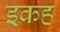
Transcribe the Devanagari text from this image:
इकह